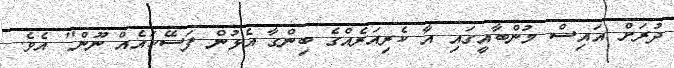
ދުރަށް އައިސް މުންބާއީގައި އާ ކެރިއަރެއްގެ ބިންގާ އެޅުން ފަސޭހައެއް ނޫން" އެވެ.